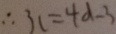
\therefore 3 c = 4 d - 3